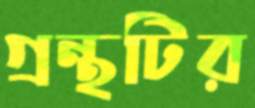
গ্রন্থটির